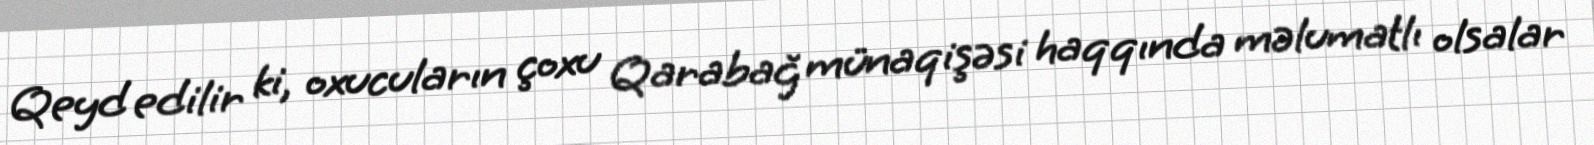
Qeyd edilir ki, oxucuların çoxu Qarabağ münaqişəsi haqqında məlumatlı olsalar